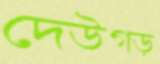
দেউগড়